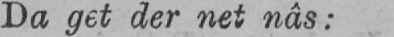
Do get der net nâs: